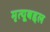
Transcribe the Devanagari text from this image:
मृत्यूबद्दल